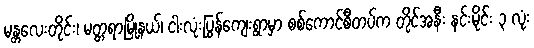
မန္တလေးတိုင်း၊ မတ္တရာမြို့နယ်၊ ငါးလုံးပြွန်ကျေးရွာမှာ စစ်ကောင်စီတပ်က တိုင်အနီး နင်းမိုင်း ၃ လုံး